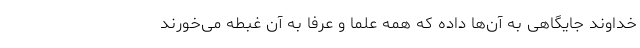
خداوند جایگاهی به آن‌ها داده که همه علما و عرفا به آن غبطه می‌خورند